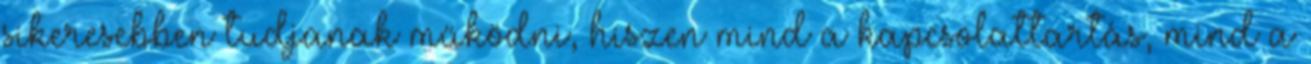
sikeresebben tudjanak működni, hiszen mind a kapcsolattartás, mind a